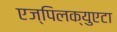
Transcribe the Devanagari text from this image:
एज्पिलक्युएटा